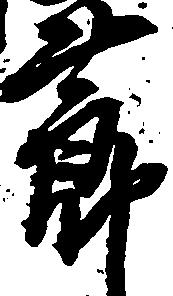
節